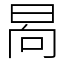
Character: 晑